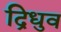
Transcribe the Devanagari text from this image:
द्रिधुव